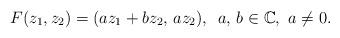
LaTeX: \begin{align*}F(z_{1},z_{2}) = (a z_{1} + b z_{2},\,a z_{2} ),\,\,\, a,\,b \in \mathbb{C},\,\,a \not = 0.\end{align*}